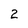
Character: 2